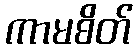
ကာမစိတ်